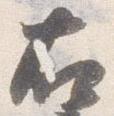
右